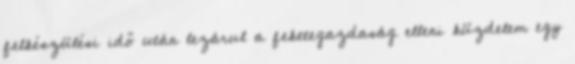
felkészülési idő után lezárul a feketegazdaság elleni küzdelem egy